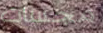
مجسات